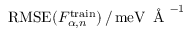
\mathrm { R M S E } ( F _ { \alpha , n } ^ { \mathrm { t r a i n } } ) \, / \, \mathrm { m e V } \, \mathrm { ~ \AA ~ } ^ { - 1 }